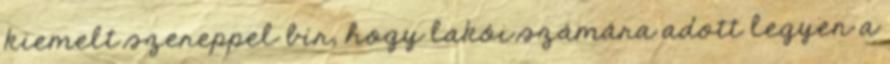
kiemelt szereppel bír, hogy lakói számára adott legyen a